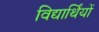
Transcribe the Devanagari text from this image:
विद्यार्थिंयों